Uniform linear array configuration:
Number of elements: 8
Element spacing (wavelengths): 0.5
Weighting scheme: binomial
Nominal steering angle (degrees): -30
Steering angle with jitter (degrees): -29.511
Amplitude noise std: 0.05
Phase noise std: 0.05

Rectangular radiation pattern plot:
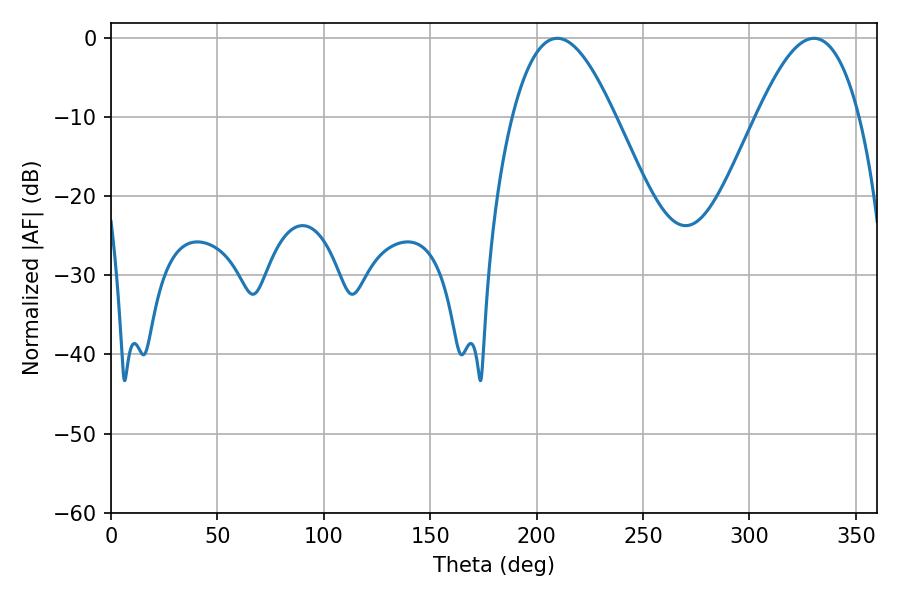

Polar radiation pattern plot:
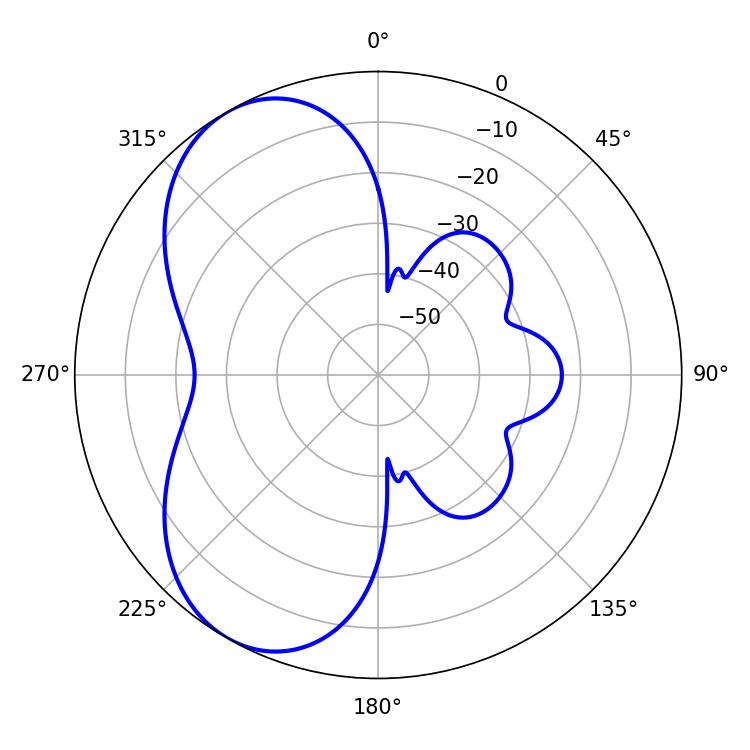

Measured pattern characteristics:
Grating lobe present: FALSE
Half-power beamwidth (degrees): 26.28
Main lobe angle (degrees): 209.7